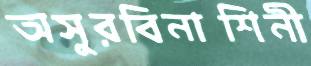
অসুরবিনাশিনী